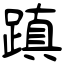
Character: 蹎